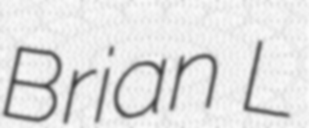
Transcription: Brian L